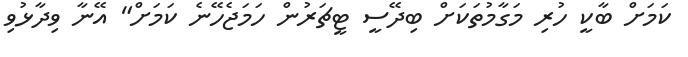
ކަމަށް ބާކީ ހުރި މަގާމުތަކަށް ބިދޭސީ ޓީޗަރުން ހަމަޖެހޭނެ ކަމަށް" އޭނާ ވިދާޅުވި